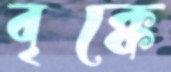
বৃক্কে